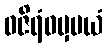
ဝဇိရံဝမှမယံ